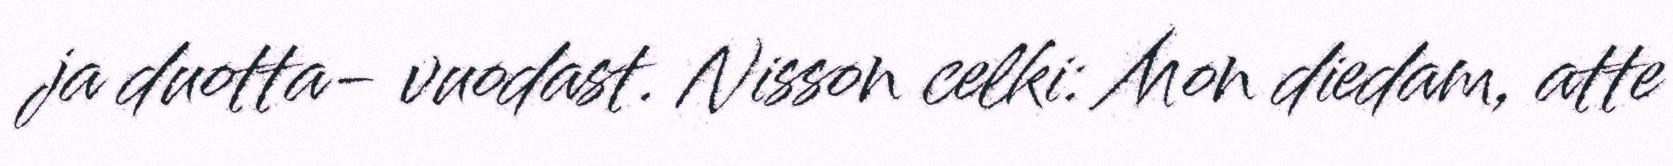
ja duotta- vuodast. Nisson celki: Mon diedam, atte